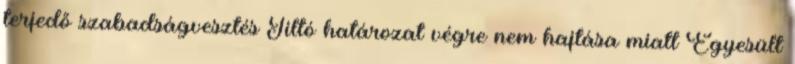
terjedő szabadságvesztés Tiltó határozat végre nem hajtása miatt Egyesült